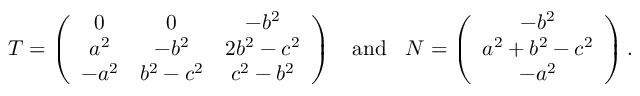
T = \left( \begin{array} { c c c } { 0 } & { 0 } & { - b ^ { 2 } } \\ { a ^ { 2 } } & { - b ^ { 2 } } & { 2 b ^ { 2 } - c ^ { 2 } } \\ { - a ^ { 2 } } & { b ^ { 2 } - c ^ { 2 } } & { c ^ { 2 } - b ^ { 2 } } \end{array} \right) \; \; \mathrm { ~ a n d ~ } \; \; N = \left( \begin{array} { c } { - b ^ { 2 } } \\ { a ^ { 2 } + b ^ { 2 } - c ^ { 2 } } \\ { - a ^ { 2 } } \end{array} \right) .